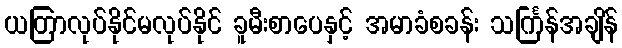
ယတြာလုပ်နိုင်မလုပ်နိုင် ခူမီးစာပေနှင့် အမာခံစခန်း သင်္ကြန်အချိန်